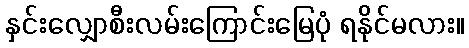
နှင်းလျှောစီးလမ်းကြောင်းမြေပုံ ရနိုင်မလား။